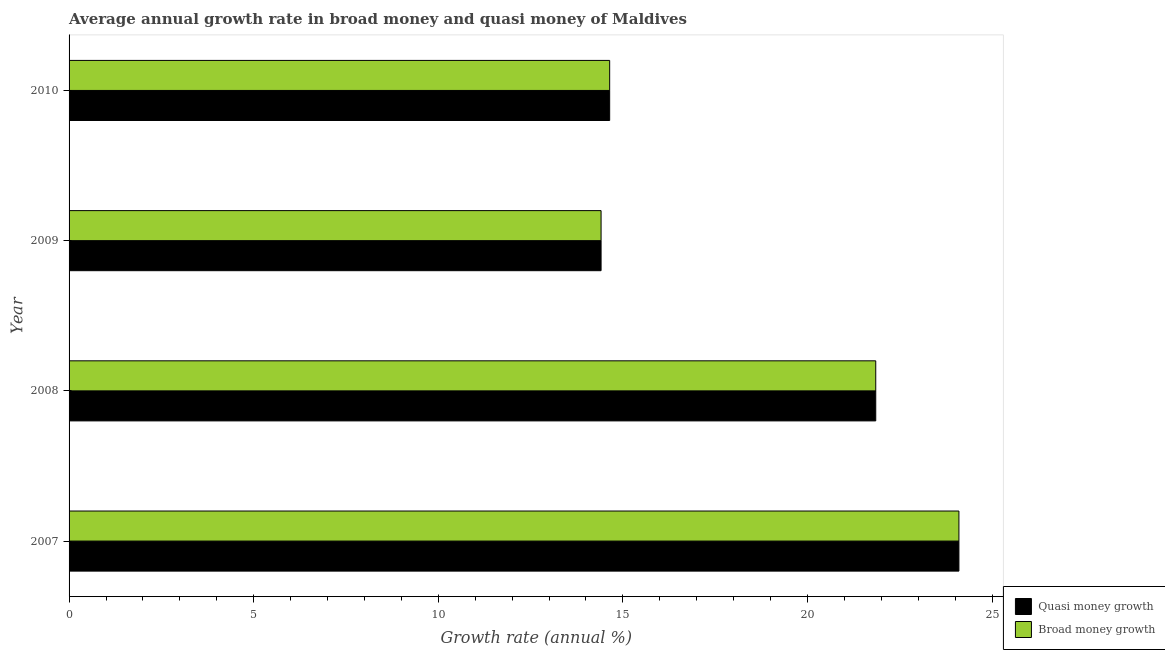
| Year | Quasi money growth | Broad money growth |
 | --- | --- | --- |
 | 2007 | 24.1 | 24.1 |
 | 2008 | 21.8 | 21.8 |
 | 2009 | 14.4 | 14.4 |
 | 2010 | 14.6 | 14.6 |